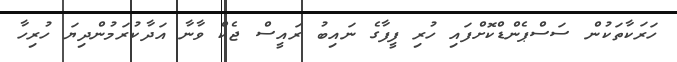
ހަރަކާތަކުން ސަސްޕެންޑްކޮށްފައި ހުރި ފީފާގެ ނައިބު ރައީސް ޖެކް ވާނާ އަދާކުރަމުންދިޔަ ހުރިހާ